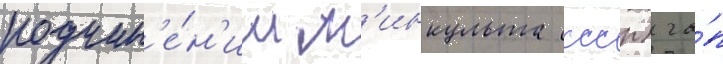
подчин'е́н'ии м'инкульта ссср) га́п